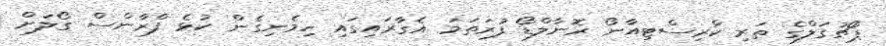
ޕޯޗުގަލްގެ ތަރި ކްރިސްޓިއާނޯ ރޮނާލްޑޯ ފުރަތަމަ އެގާރައިގައި ހިމެނިގެން ކުޅެ ފްރާންސް ގޯލަށް